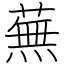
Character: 蕪